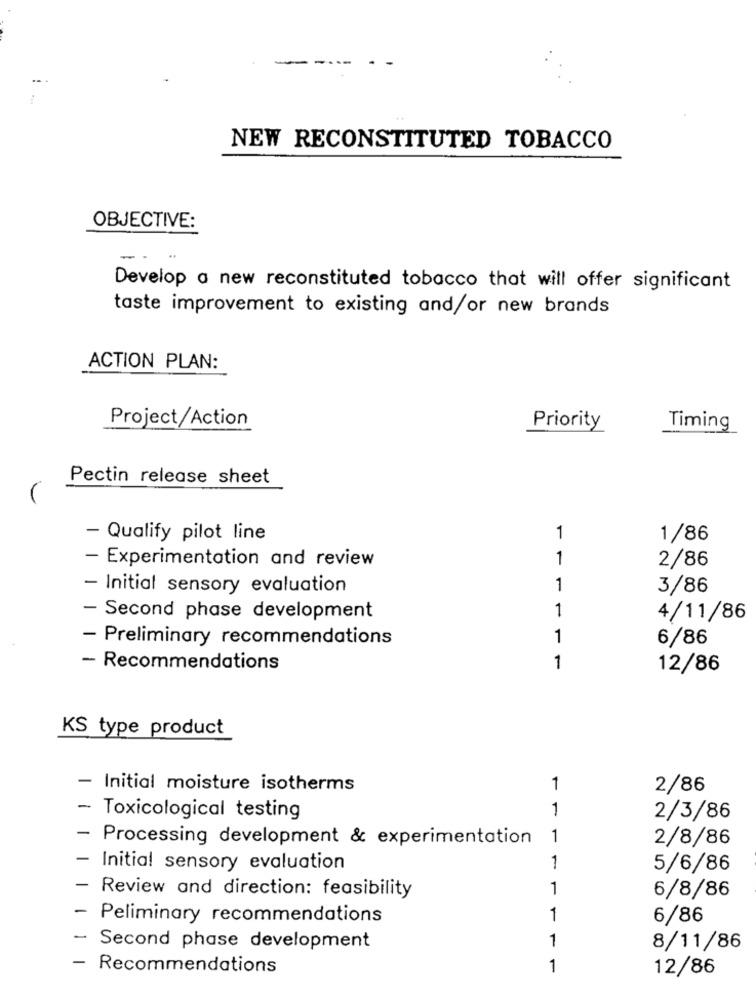
NEW RECONSTITUTED TOBACCO
OBJECTIVE:
-
Develop a new reconstituted tobacco that will offer significant
taste improvement to existing and/or new brands
ACTION PLAN:
Project/Action
Priority
Timing
Pectin release sheet
- Qualify pilot line
1
1/86
- Experimentation and review
1
2/86
- Initial sensory evaluation
1
3/86
1
- Second phase development
4/11/86
- Preliminary recommendations
1
6/86
- Recommendations
1
12/86
KS type product
- Initial moisture isotherms
1
2/86
1
- Toxicological testing
2/3/86
-
Processing development & experimentation
1
2/8/86
Initial sensory evaluation
1
5/6/86
-
1
Review and direction: feasibility
6/8/86
- Peliminary recommendations
1
6/86
Second phase development
1
8/11/86
-
Recommendations
1
12/86